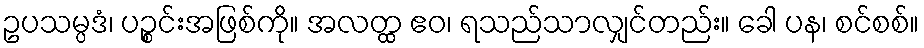
ဥပသမ္ပဒံ၊ ပဉ္စင်းအဖြစ်ကို။ အလတ္ထ ဧဝ၊ ရသည်သာလျှင်တည်း။ ခေါ ပန၊ စင်စစ်။